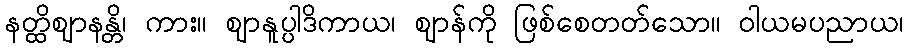
နတ္ထိဈာနန္တိ၊ ကား။ ဈာနူပ္ပါဒိကာယ၊ ဈာန်ကို ဖြစ်စေတတ်သော။ ဝါယမပညာယ၊